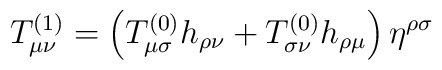
T_{\mu\nu}^{(1)} =\left( T_{\mu\sigma}^{(0)}h_{\rho\nu} + T_{\sigma\nu}^{(0)}h_{\rho\mu} \right)\eta^{\rho\sigma}